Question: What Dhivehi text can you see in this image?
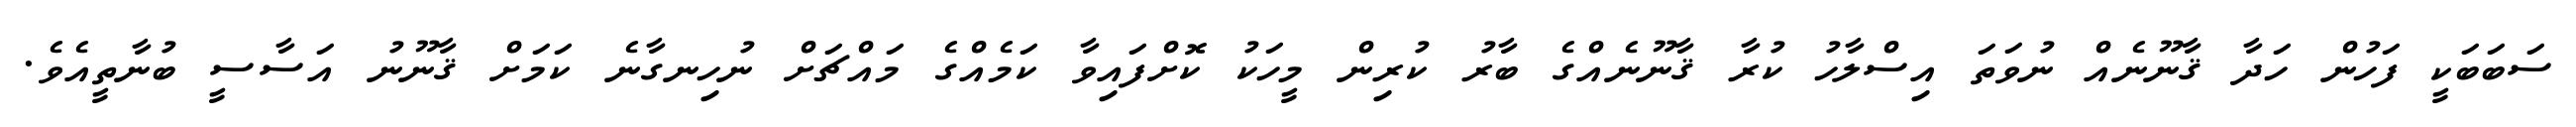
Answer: ސަބަބަކީ ފަހުން ހަދާ ޤާނޫނެއް ނުވަތަ އިސްލާހު ކުރާ ޤާނޫނެއްގެ ބާރު ކުރިން މީހަކު ކޮށްފައިވާ ކަމެއްގެ މައްޗަށް ނުހިނގާނެ ކަމަށް ޤާނޫނު އަސާސީ ބުނާތީއެވެ.